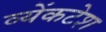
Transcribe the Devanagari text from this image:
व्येंकटेश